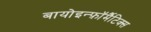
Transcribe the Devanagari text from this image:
बायोइन्फ़ॉर्मैटिक्स